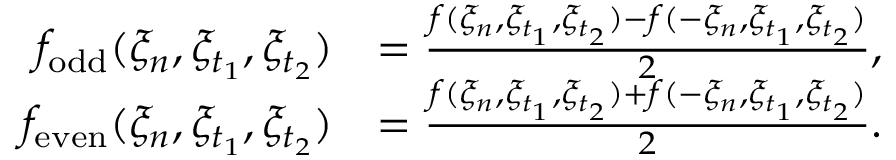
\begin{array} { r l } { f _ { \mathrm { o d d } } ( \xi _ { n } , \xi _ { t _ { 1 } } , \xi _ { t _ { 2 } } ) } & { = \frac { f ( \xi _ { n } , \xi _ { t _ { 1 } } , \xi _ { t _ { 2 } } ) - f ( - \xi _ { n } , \xi _ { t _ { 1 } } , \xi _ { t _ { 2 } } ) } { 2 } , } \\ { f _ { \mathrm { e v e n } } ( \xi _ { n } , \xi _ { t _ { 1 } } , \xi _ { t _ { 2 } } ) } & { = \frac { f ( \xi _ { n } , \xi _ { t _ { 1 } } , \xi _ { t _ { 2 } } ) + f ( - \xi _ { n } , \xi _ { t _ { 1 } } , \xi _ { t _ { 2 } } ) } { 2 } . } \end{array}